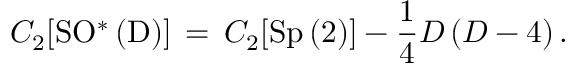
C _ { 2 } [ \mathrm { S O ^ { \ast } \left( D \right) } ] \, = \, C _ { 2 } [ \mathrm { S p \left( 2 \right) } ] - \frac { 1 } { 4 } D \left( D - 4 \right) .